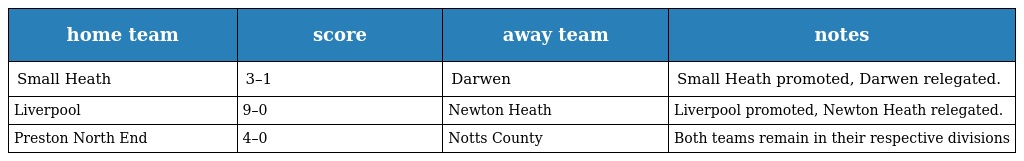
| home team | score | away team | notes |
 | --- | --- | --- | --- |
 | Small Heath | 3–1 | Darwen | Small Heath promoted, Darwen relegated. |
 | Liverpool | 9–0 | Newton Heath | Liverpool promoted, Newton Heath relegated. |
 | Preston North End | 4–0 | Notts County | Both teams remain in their respective divisions |